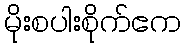
မိုးစပါးစိုက်ဧက